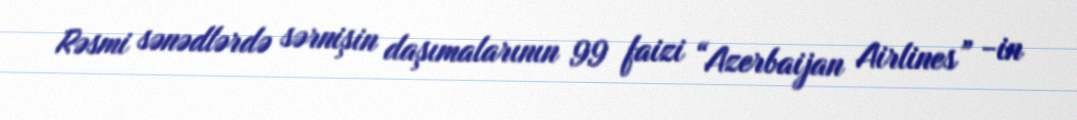
Rəsmi sənədlərdə sərnişin daşımalarının 99 faizi “Azerbaijan Airlines” -in